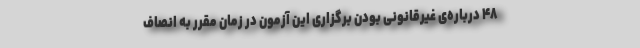
۴۸ درباره‌ی غیرقانونی بودن برگزاری این آزمون در زمان مقرر به انصاف